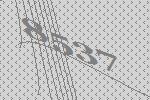
8537